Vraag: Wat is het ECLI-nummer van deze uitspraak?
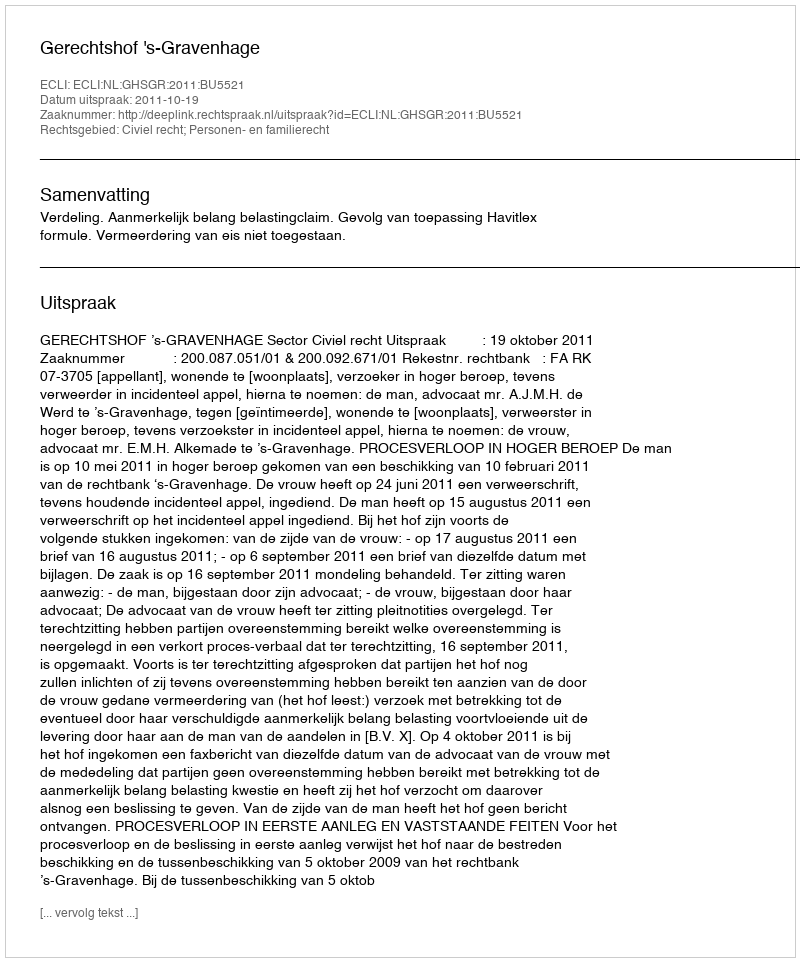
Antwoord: ECLI:NL:GHSGR:2011:BU5521